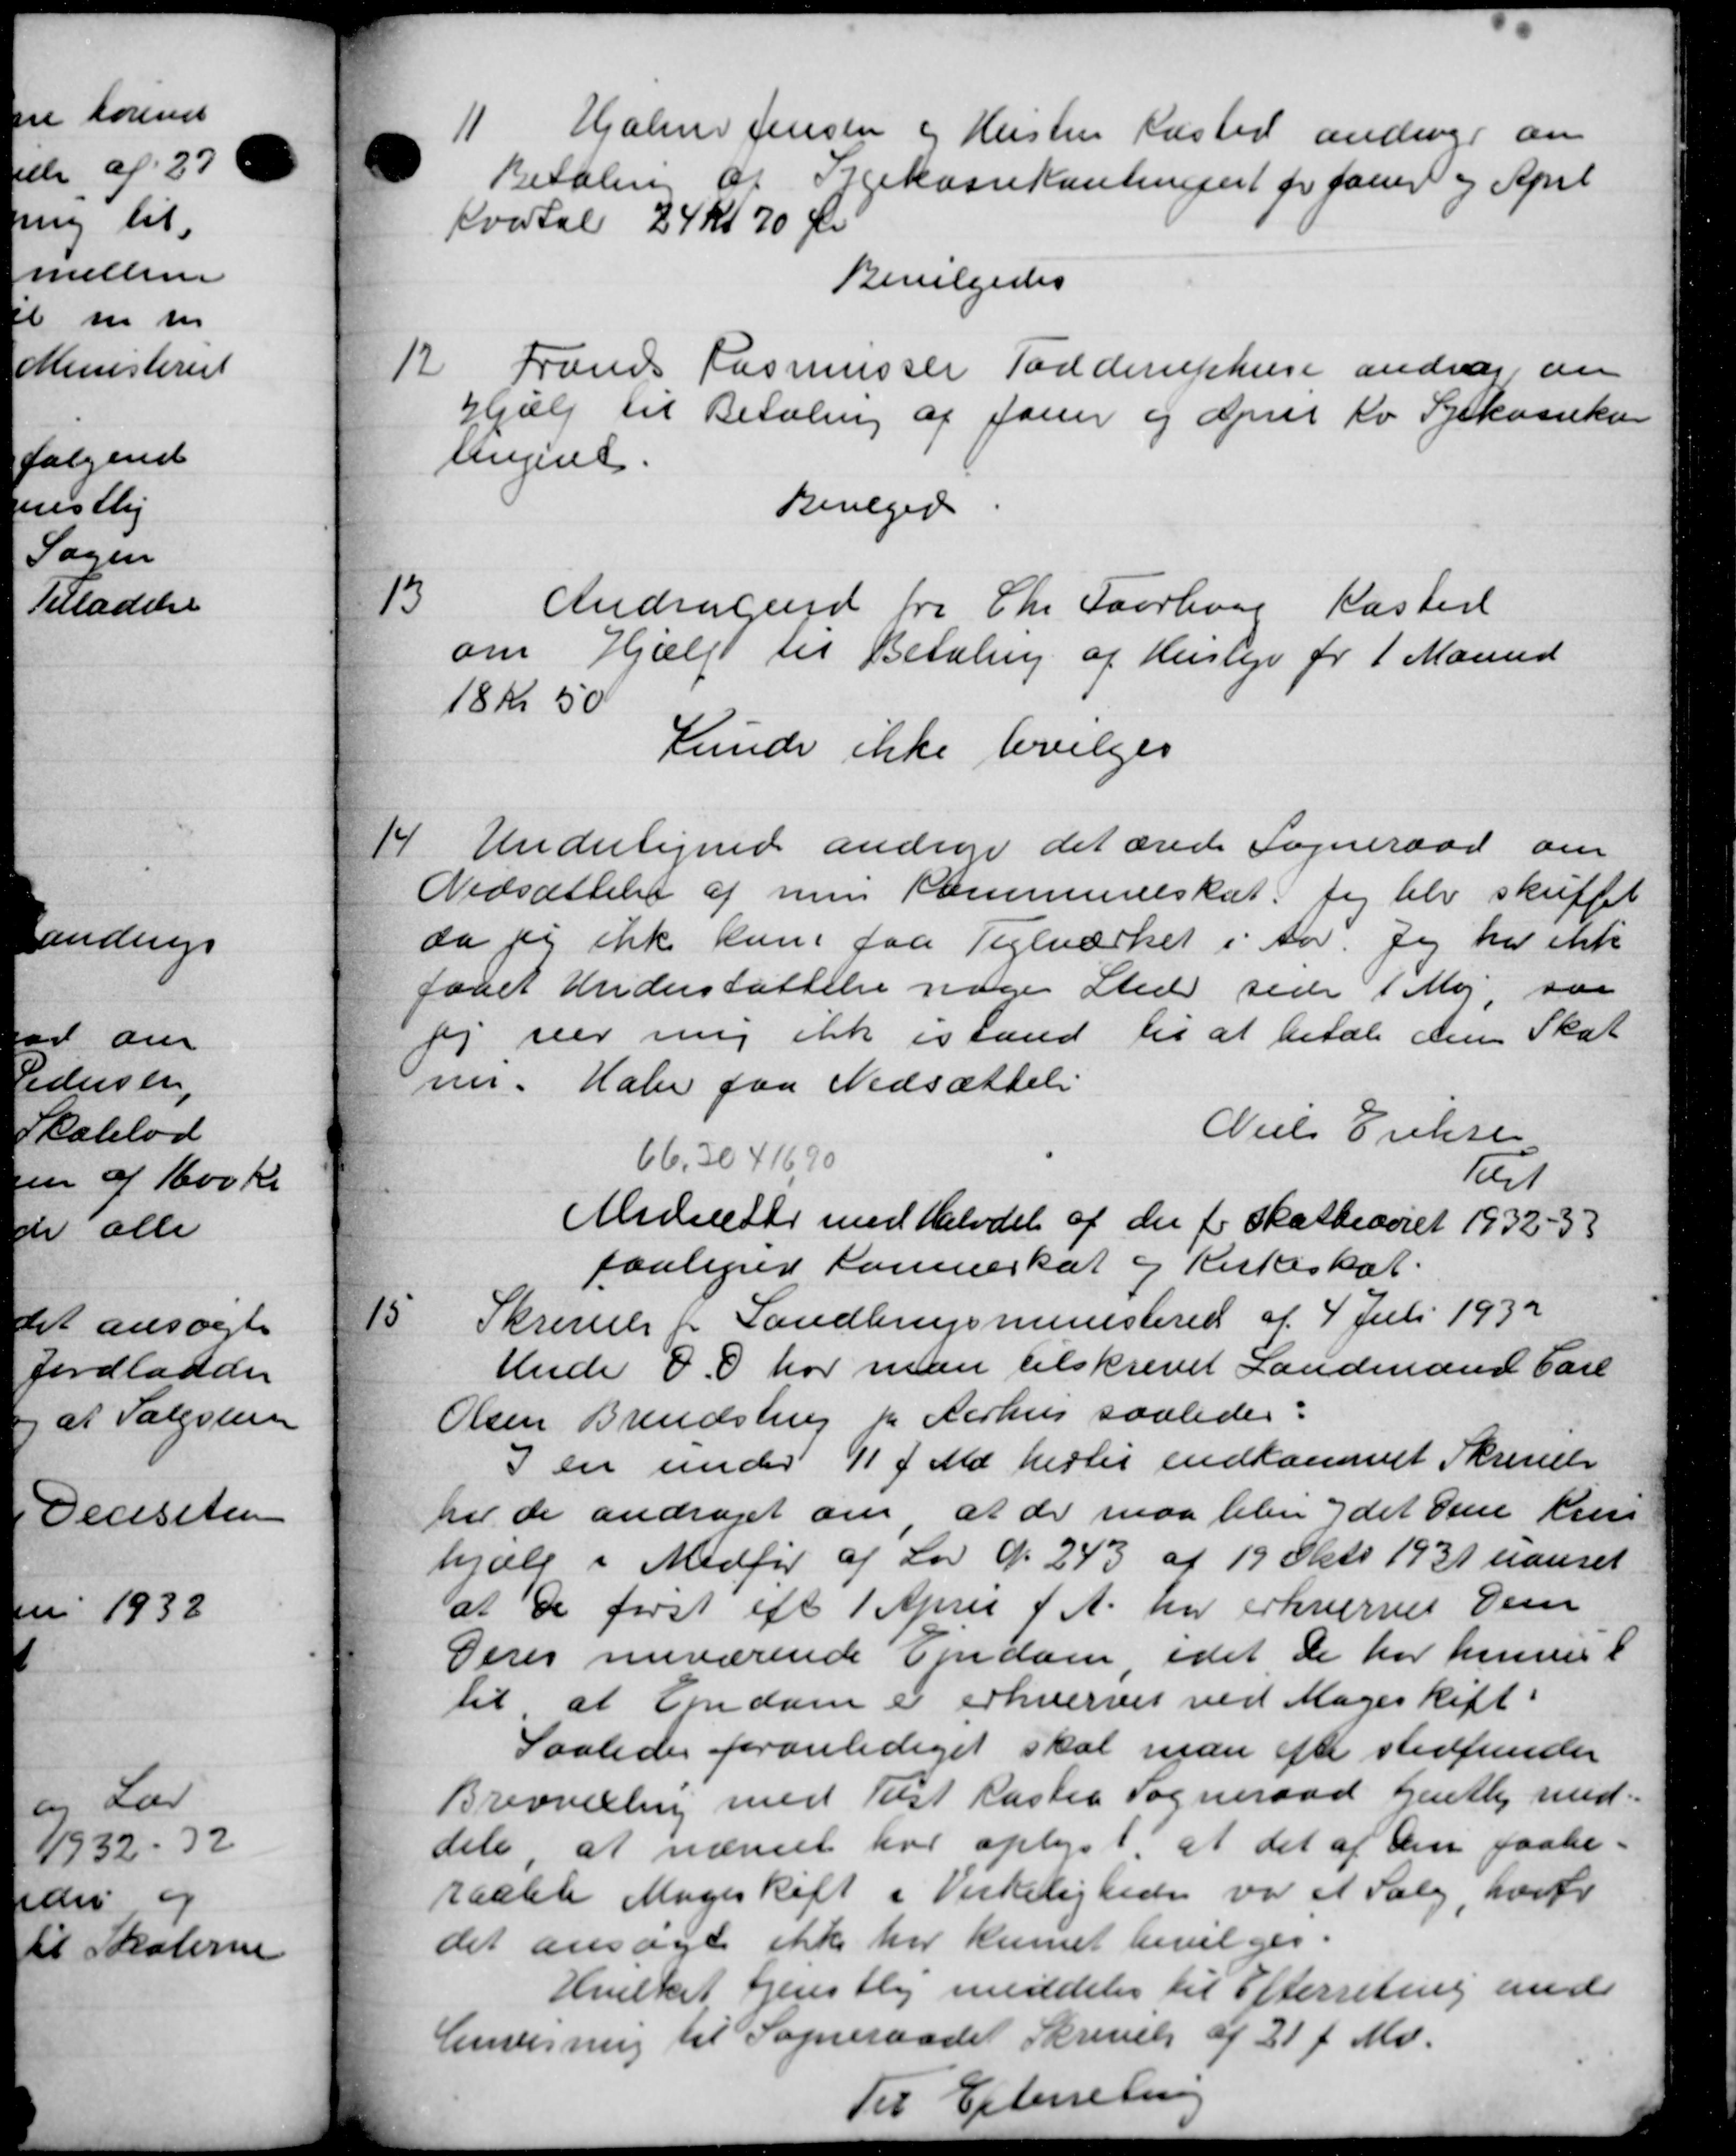
Transskription:
11
Hjalmer Jensen og Hustru Kasted andrage am
Betaling af Sygekassekontinesent for faaer og April
Kvartal 24 kr 70 Øre
Bevilgedes
12
Frands Rasmussen Todderuphure andrag an
Hjælp til Betaling af Jaur og April Ko Syekassekon
lingent.
Bevilged
13.
Andragende fra Chr. Faurhos Kasterl
om Hjælp til Betaling af Husleje for 1 Maaned
18 kr 50
Kunde ikke bevilges
14
4 Undertigned andrage det ærede Sogneraad om
Nedsættelse af num Kommuneskat sig blev skuffet
da jeg ikke kun faa Teglværket i Aar. Jeg har enke
faaet Understøttelse noge Sted side 1 Maj, saa
fr seer mig ikke istand til at betale den Skat
me. Halv paa Nedsættelse
Niels Eriksen
66,30416,90
tast
Midicister med Halvdel af der for Skatteaaret 1932-33
paaligger komneskat og Kirkeskat.
15
Skrivelse pr Landbrugsministeriet af 4 Juli 1932
Under D. har man tilskrevet Landmand Carl
Olsen Brendstrup pr Aarhus saaledes:
I en under 11 f. Md. hertil indkommet Skrivelse
til de andraget om at de maa bebe ydet den Krus
hjælp i Medfør af Lov d. 243 af 19 Okto 1931 uavret
at de først eft 1 April d. A. har erhvervet Dem
Deres nuværende Ejendom, idet de har kunne
til at Ejendom er erhvervet ved Mageskift
Saaledes foranlediget skal man efter stedfunder
Brevvilling med Tilst Kaster Sogneraad gentlig med-
dele at nævnet har oplys i at det af den faabe-
raabte Mageskift i Virkelighede var et Salg, hvorfr
det ansøgte ikke har kunnet bevilges.
Hvilket Hjenstlig meddeler til Efterretning andr
Anvisning til Sogneraadet Skrivelse af 21 f. Md.
Til Efterretning